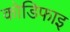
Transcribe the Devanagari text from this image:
कोडिफाइ